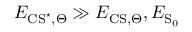
E _ { \mathrm { C S } ^ { \star } , \Theta } \gg E _ { \mathrm { C S } , \Theta } , E _ { \ensuremath { \mathrm { S } } _ { 0 } }